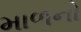
માળનો